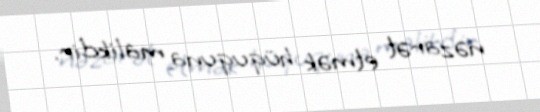
nəzarət etmək hüququna malikdir.